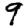
Digit: 9